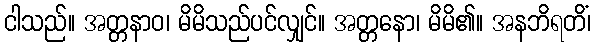
ငါသည်။ အတ္တနာဝ၊ မိမိသည်ပင်လျှင်။ အတ္တနော၊ မိမိ၏။ အနဘိရတိံ၊